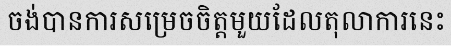
ចង់បានការសម្រេចចិត្តមួយដែលតុលាការនេះ